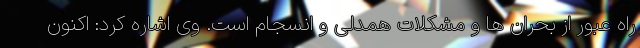
راه عبور از بحران ها و مشکلات همدلی و انسجام است. وی اشاره کرد: اکنون